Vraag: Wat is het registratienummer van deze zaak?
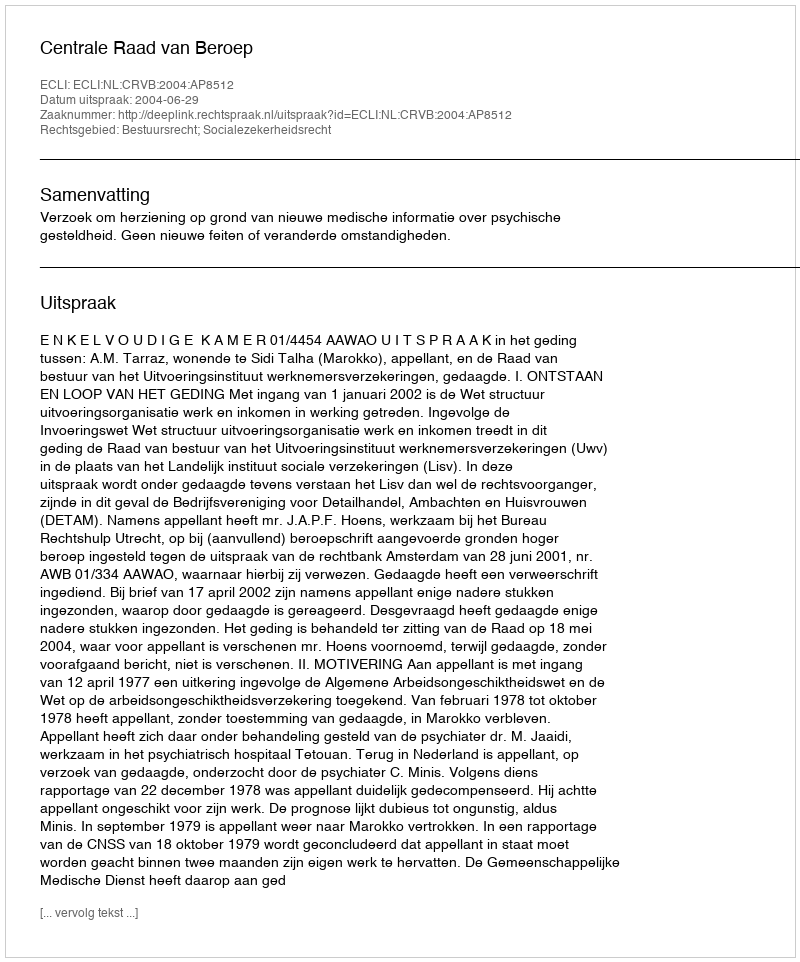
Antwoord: http://deeplink.rechtspraak.nl/uitspraak?id=ECLI:NL:CRVB:2004:AP8512